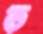
ত